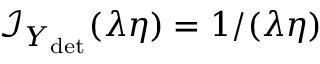
\mathcal { I } _ { Y _ { \mathrm { d e t } } } ( \lambda \eta ) = { { 1 } / { ( \lambda \eta ) } }